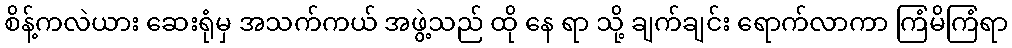
စိန့်ကလဲယား ဆေးရုံမှ အသက်ကယ် အဖွဲ့သည် ထို နေ ရာ သို့ ချက်ချင်း ရောက်လာကာ ကြံမိကြံရာ